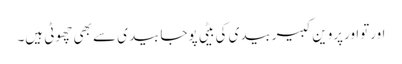
اورتواورپروین کبیربیدی کی بیٹی پوجابیدی سے بھی چھوٹی ہیں۔